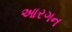
આરગન